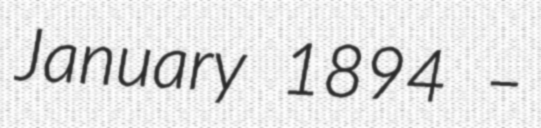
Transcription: January 1894 –